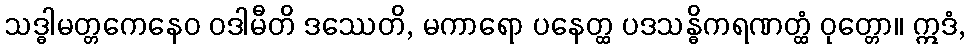
သဒ္ဓါမတ္တကေနေဝ ဝဒါမီတိ ဒဿေတိ, မကာရော ပနေတ္ထ ပဒသန္ဓိကရဏတ္ထံ ဝုတ္တော။ ဣဒံ,